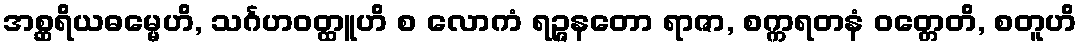
အစ္ဆရိယဓမ္မေဟိ, သင်္ဂဟဝတ္ထူဟိ စ လောကံ ရဉ္ဇနတော ရာဇာ, စက္ကရတနံ ဝတ္တေတိ, စတူဟိ